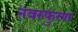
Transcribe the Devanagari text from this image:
नवस्फुरण